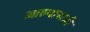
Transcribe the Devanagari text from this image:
आल्यासही